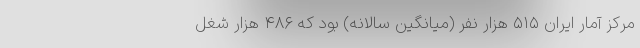
مرکز آمار ایران ۵۱۵ هزار نفر (میانگین سالانه) بود که ۴۸۶ هزار شغل